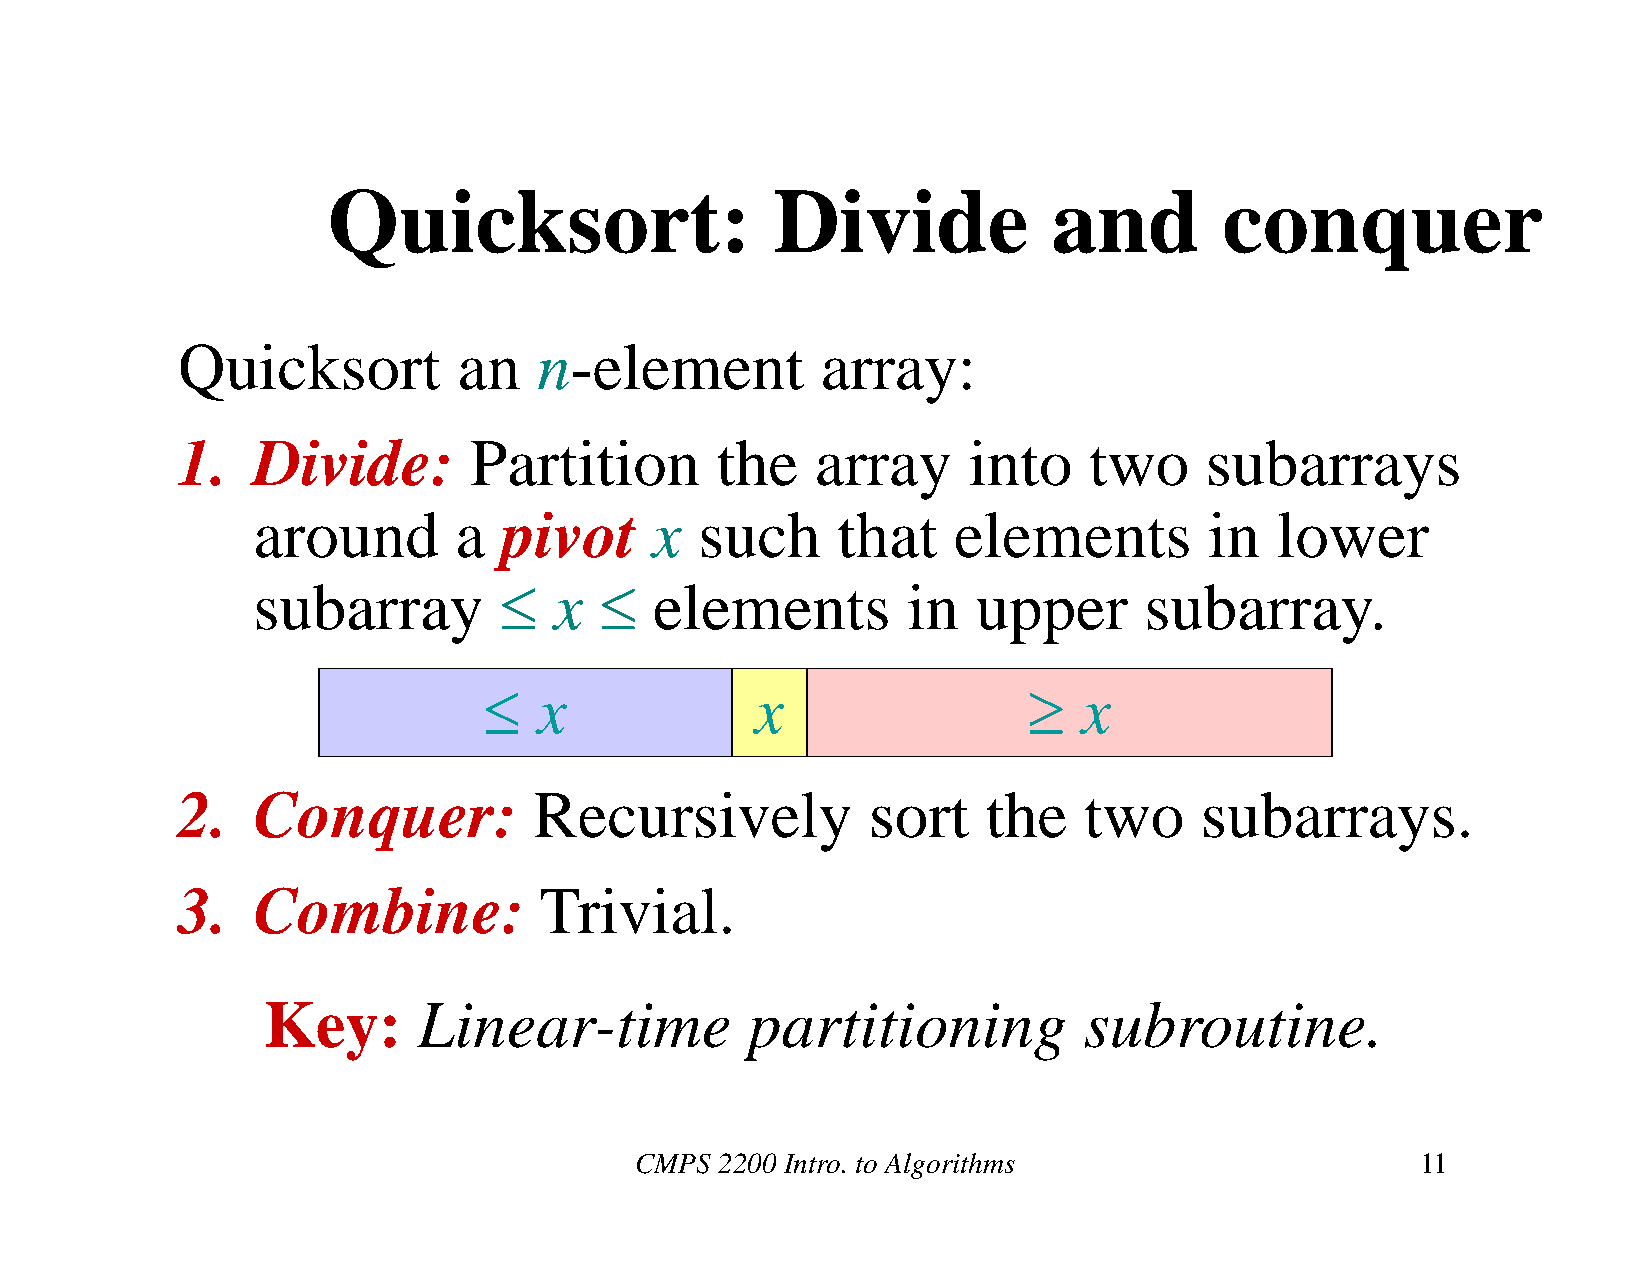
Quicksort:                   Divide             and        conquer
 Quicksort         an    n-element         array:
 1.   Divide:       Partition       the    array     into    two     subarrays
 around       a  pivot     x  such     that    elements         in  lower
 subarray           x    elements         in   upper      subarray.
    x             x                    x
 2.   Conquer:          Recursively           sort    the    two    subarrays.
 3.   Combine:           Trivial.
 Key:       Linear-time           partitioning          subroutine.
 CMPS  2200 Intro. to Algorithms                     11